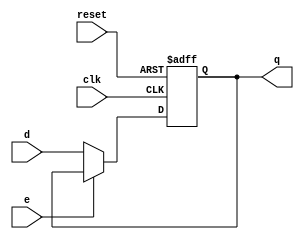
`timescale 1ns / 1ps
//Program counter
module pc(e,clk,reset,d,q);
input clk,reset,e;
input[31:0] d;
output[31:0] q;
reg[31:0] q=0;
always @ (posedge clk or negedge reset)
if(reset==0)
	q<=32'h00003000;
else if(e!=1)
	q<=d;

endmodule